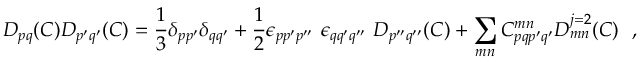
\displaystyle D _ { p q } ( C ) D _ { p ^ { \prime } q ^ { \prime } } ( C ) = \frac { 1 } { 3 } \delta _ { p p ^ { \prime } } \delta _ { q q ^ { \prime } } + \frac { 1 } { 2 } \epsilon _ { p p ^ { \prime } p ^ { \prime \prime } } ~ \epsilon _ { q q ^ { \prime } q ^ { \prime \prime } } ~ D _ { p ^ { \prime \prime } q ^ { \prime \prime } } ( C ) + \sum _ { m n } C _ { p q p ^ { \prime } q ^ { \prime } } ^ { m n } { \cal D } _ { m n } ^ { j = 2 } ( C ) ~ ~ ,